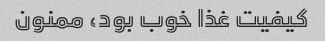
کیفیت غذا خوب بود، ممنون